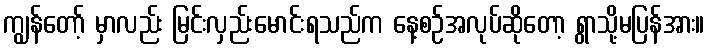
ကျွန်တော့် မှာလည်း မြင်းလှည်းမောင်းရသည်က နေ့စဉ်အလုပ်ဆိုတော့ ရွာသို့မပြန်အား။